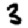
Digit: 3